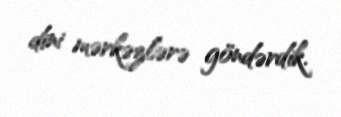
dini mərkəzlərə göndərdik.